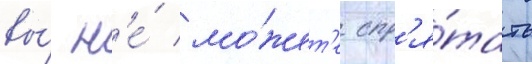
вы́ н'е́ мо́жет'е спр'я́тать